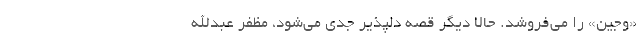
«وجین» را می‌فروشد. حالا دیگر قصه دلپذیر جدی می‌شود، مظفر عبدالله